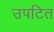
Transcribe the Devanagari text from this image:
उपटित